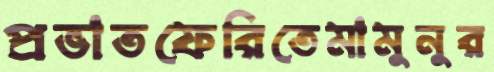
প্রভাতফেরিতেমামুনুর